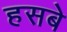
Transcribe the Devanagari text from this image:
हसबे